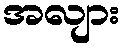
အလျား